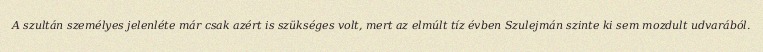
A szultán személyes jelenléte már csak azért is szükséges volt, mert az elmúlt tíz évben Szulejmán szinte ki sem mozdult udvarából.